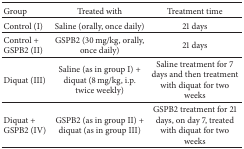
<table><thead><tr><td><b>Group</b></td><td><b>Treated with</b></td><td><b>Treatment time</b></td></tr></thead><tbody><tr><td>Control (I)</td><td>Saline (orally, once daily)</td><td>21 days</td></tr><tr><td>Control + GSPB2 (II)</td><td>GSPB2 (30 mg/kg, orally, once daily)</td><td>21 days</td></tr><tr><td>Diquat (III)</td><td>Saline (as in group I) + diquat (8 mg/kg, i.p. twice weekly)</td><td>Saline treatment for 7 days and then treatment with diquat for two weeks</td></tr><tr><td>Diquat + GSPB2 (IV)</td><td>GSPB2 (as in group II) + diquat (as in group III) </td><td>GSPB2 treatment for 21 days, on day 7, treated with diquat for two weeks</td></tr></tbody></table>